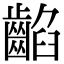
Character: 䶟